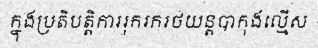
ក្នុងប្រតិបត្តិការរុករករថយន្តបាកុងល្មើស